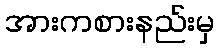
အားကစားနည်းမှ